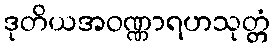
ဒုတိယအဝဏ္ဏာရဟသုတ္တံ